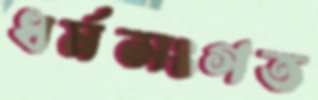
ধর্মসংগত